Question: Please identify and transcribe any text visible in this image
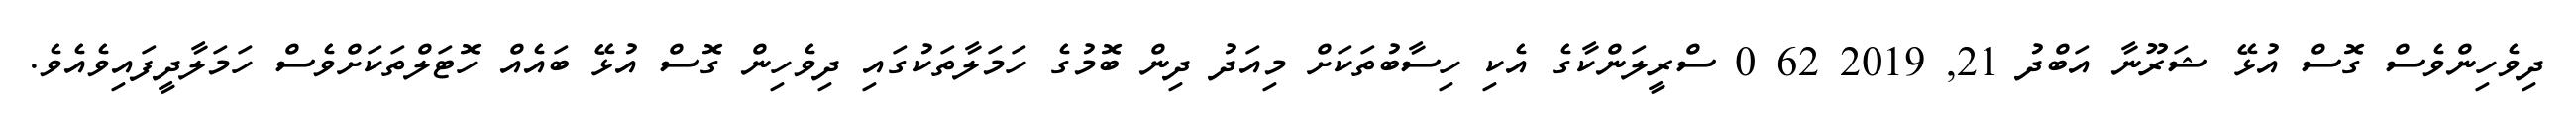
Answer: ދިވެހިންވެސް ގޮސް އުޅޭ ޝަރޫނާ އަބްދު 21, 2019 62 0 ސްރީލަންކާގެ އެކި ހިސާބުތަކަށް މިއަދު ދިން ބޮމުގެ ހަމަލާތަކުގައި ދިވެހިން ގޮސް އުޅޭ ބައެއް ހޮޓަލްތަކަށްވެސް ހަމަލާދީފައިވެއެވެ.